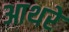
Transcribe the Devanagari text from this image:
आथरे